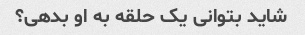
شاید بتوانی یک حلقه به او بدهی؟